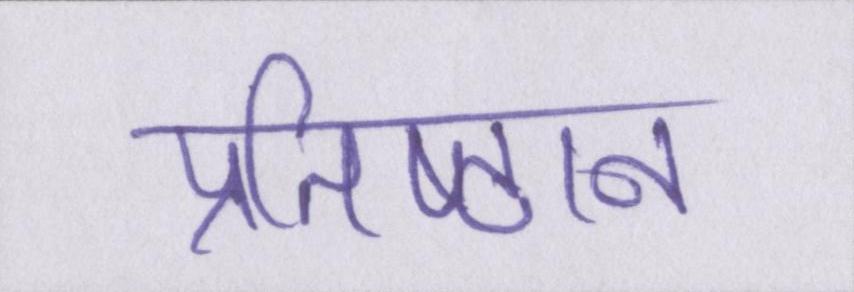
प्रतिष्ठान